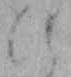
ひ